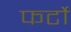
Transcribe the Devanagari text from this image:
फर्टो